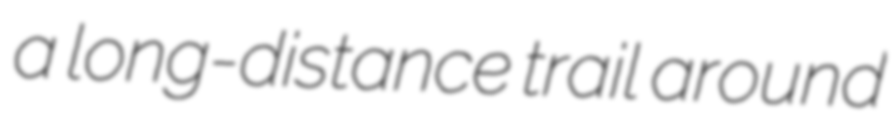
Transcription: a long-distance trail around